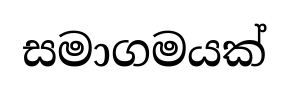
සමාගමයක්